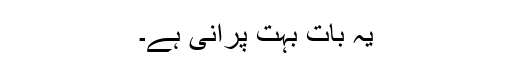
یہ بات بہت پرانی ہے۔